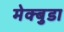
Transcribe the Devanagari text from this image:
मेक्बुडा